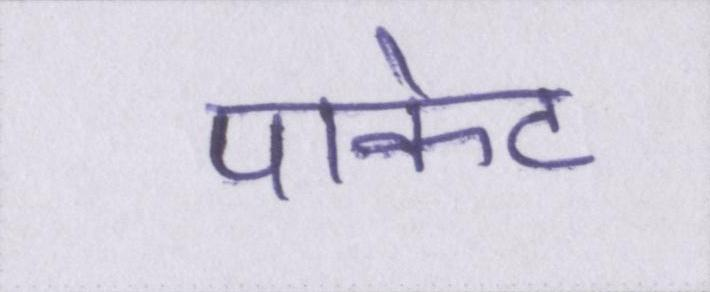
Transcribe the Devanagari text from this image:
पाकेट